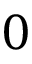
0